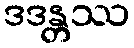
ဒဒန္တဿ